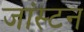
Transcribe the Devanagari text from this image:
जांस्टन